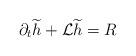
LaTeX: \begin{align*}\partial_t \widetilde{h} + \mathcal{L} \widetilde{h} = R\end{align*}